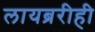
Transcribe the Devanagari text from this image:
लायब्ररीही